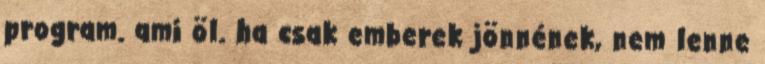
program. ami öl. ha csak emberek jönnének, nem lenne